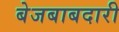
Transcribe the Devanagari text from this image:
बेजबाबदारी